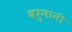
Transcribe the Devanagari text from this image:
वरुनानी